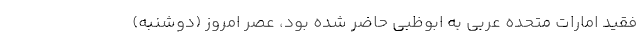
فقید امارات متحده عربی به ابوظبی حاضر شده بود، عصر امروز (دوشنبه)